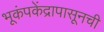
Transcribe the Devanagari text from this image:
भूकंपकेंद्रापासूनची